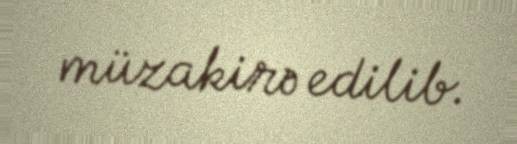
müzakirə edilib.